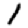
Digit: 1